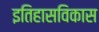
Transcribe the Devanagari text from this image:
इतिहासविकास